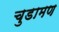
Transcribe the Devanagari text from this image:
चुडामण